Vaccination in the Punjab 1883-1896 - 1883-1896
Year: 1883
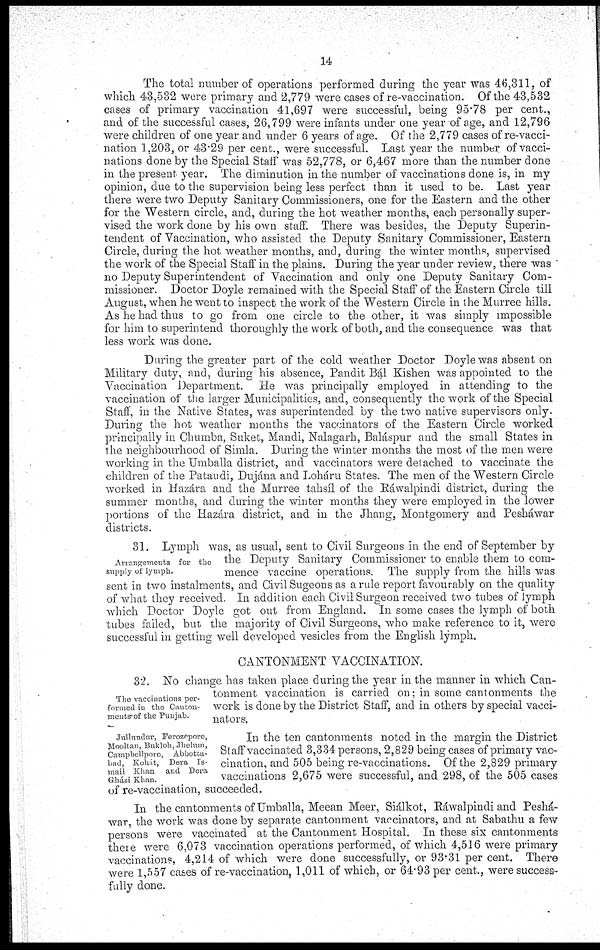
14
The total number of operations performed during the year was 46,311, of
which 43,532 were primary and 2,779 were cases of re-vaccination. Of the 43,532
cases of primary vaccination 41,697 were successful, being 95.78 per cent.,
and of the successful cases, 26,799 were infants under one year of age, and 12,796
were children of one year and under 6 years of age. Of the 2,779 cases of re-vacci-
nation 1,203, or 43.29 per cent., were successful. Last year the number of vacci-
nations done by the Special Staff was 52,778, or 6,467 more than the number done
in the present year. The diminution in the number of vaccinations done is, in my
opinion, due to the supervision being less perfect than it used to be. Last year
there were two Deputy Sanitary Commissioners, one for the Eastern and the other
for the Western circle, and, during the hot weather months, each personally super-
vised the work done by his own staff. There was besides, the Deputy Superin-
tendent of Vaccination, who assisted the Deputy Sanitary Commissioner, Eastern
Circle, during the hot weather months, and, during the winter months, supervised
the work of the Special Staff in the plains. During the year under review, there was '
no Deputy Superintendent of Vaccination and only one Deputy Sanitary Com-
missioner. Doctor Doyle remained with the Special Staff of the Eastern Circle till
August, when he went to inspect the work of the Western Circle in the Murree hills.
As he had thus to go from one circle to the other, it was simply impossible
for him to superintend thoroughly the work of both, and the consequence was that
less work was done.
During the greater part of the cold weather Doctor Doyle was absent on
Military duty, and, during his absence, Pandit Bál Kishen was appointed to the
Vaccination Department. He was principally employed in attending to the
vaccination of the larger Municipalities, and, consequently the work of the Special
Staff, in the Native States, was superintended by the two native supervisors only.
During the hot weather months the vaccinators of the Eastern Circle worked
principally in Chumba, Suket, Mandi, Nalagarh, Baláspur and the small States in
the neighbourhood of Simla. During the winter months the most of the men were
working in the Umballa district, and vaccinators were detached to vaccinate the
children of the Pataudi, Dujána and Loháru States. The men of the Western Circle
worked in Hazára and the Murree tahsíl of the Ráwalpindi district, during the
summer months, and during the winter months they were employed in the lower
portions of the Hazára district, and in the Jhang, Montgomery and Pesháwar
districts.
Arrangements for the
supply of lymph.
31. Lymph was, as usual, sent to Civil Surgeons in the end of September by
the Deputy Sanitary Commissioner to enable them to com-
mence vaccine operations. The supply from the hills was
sent in two instalments, and Civil Sugeons as a rule report favourably on the quality
of what they received. In addition each Civil Surgeon received two tubes of lymph
which Doctor Doyle got out from England. In some cases the lymph of both
tubes failed, but the majority of Civil Surgeons, who make reference to it, were
successful in getting well developed vesicles from the English lymph,
CANTONMENT VACCINATION.
The vaccinations per-
formed in the Canton¬
ments of the Punjab.
Jullundur, Ferozopore,
Mooltan, Bukloh, Jhelum,
Campbellpore, Abbotta¬
bad, Kohát, Dera Is-
mail Khan and Dera
Gházi Khan,
32. No change has taken place during the year in the manner in which Can-
tonment vaccination is carried on; in some cantonments the
work is done by the District Staff, and in others by special vacci-
nators.
In the ten cantonments noted in the margin the District
Staff vaccinated 3,334 persons, 2,829 being cases of primary vac-
cination, and 505 being re-vaccinations. Of the 2,829 primary
vaccinations 2,675 were successful, and 298, of the 505 cases
of re-vaccination, succeeded.
In the cantonments of Umballa, Meean Meer, Siálkot, Ráwalpindi and Pesha-
war, the work was done by separate cantonment vaccinators, and at Sabathu a few
persons were vaccinated at the Cantonment Hospital. In these six cantonments
there were 6,073 vaccination operations performed, of which 4,516 were primary
vaccinations, 4,214 of which were done successfully, or 93.31 per cent. There
were 1,557 cases of re-vaccination, 1,011 of which, or 64.93 per cent., were success-
fully done.